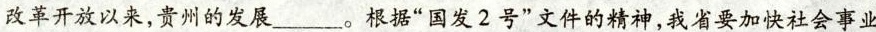
改革开放以来，贵州的发展___。根据”国发2号”文件的精神，我省要加快社会事业